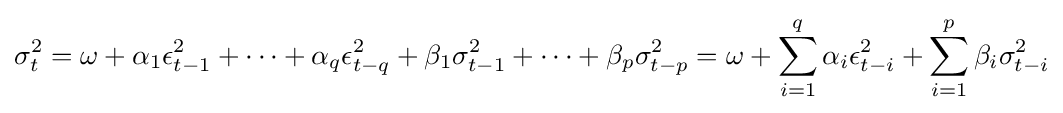
\sigma _{t}^{2}=\omega +\alpha _{1}\epsilon _{t-1}^{2}+\cdots +\alpha _{q}\epsilon _{t-q}^{2}+\beta _{1}\sigma _{t-1}^{2}+\cdots +\beta _{p}\sigma _{t-p}^{2}=\omega +\sum _{i=1}^{q}\alpha _{i}\epsilon _{t-i}^{2}+\sum _{i=1}^{p}\beta _{i}\sigma _{t-i}^{2}